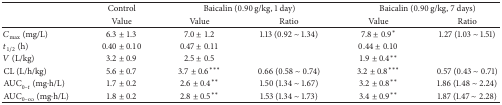
<table><thead><tr><td><b> </b></td><td><b>Control</b></td><td colspan="2"><b>Baicalin (0.90 g/kg, 1 day)</b></td><td colspan="2"><b>Baicalin (0.90 g/kg, 7 days)</b></td></tr><tr><td><b> </b></td><td><b>Value</b></td><td><b>Value</b></td><td><b>Ratio </b></td><td><b>Value</b></td><td><b>Ratio</b></td></tr></thead><tbody><tr><td><i>C</i><sub>max⁡</sub> (mg/L)</td><td>6.3 ± 1.3</td><td>7.0 ± 1.2</td><td>1.13 (0.92 ~ 1.34)</td><td>7.8 ± 0.9*</td><td>1.27 (1.03 ~ 1.51)</td></tr><tr><td><i>t</i><sub>1/2</sub> (h)</td><td>0.40 ± 0.10</td><td>0.47 ± 0.11</td><td> </td><td>0.44 ± 0.10</td><td> </td></tr><tr><td><i>V</i> (L/kg)</td><td>3.2 ± 0.9</td><td>2.5 ± 0.5</td><td> </td><td>1.9 ± 0.4**</td><td> </td></tr><tr><td>CL (L/h/kg)</td><td>5.6 ± 0.7</td><td>3.7 ± 0.6***</td><td>0.66 (0.58 ~ 0.74)</td><td>3.2 ± 0.8***</td><td>0.57 (0.43 ~ 0.71)</td></tr><tr><td>AUC<sub>0–<i>t</i></sub> (mg<i>·</i>h/L)</td><td>1.7 ± 0.2</td><td>2.6 ± 0.4**</td><td>1.50 (1.34 ~ 1.67)</td><td>3.2 ± 0.8**</td><td>1.86 (1.48 ~ 2.24)</td></tr><tr><td>AUC<sub>0–<i>∞</i></sub> (mg<i>·</i>h/L)</td><td>1.8 ± 0.2</td><td>2.8 ± 0.5**</td><td>1.53 (1.34 ~ 1.73)</td><td>3.4 ± 0.9**</td><td>1.87 (1.47 ~ 2.28)</td></tr></tbody></table>